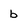
Character: b